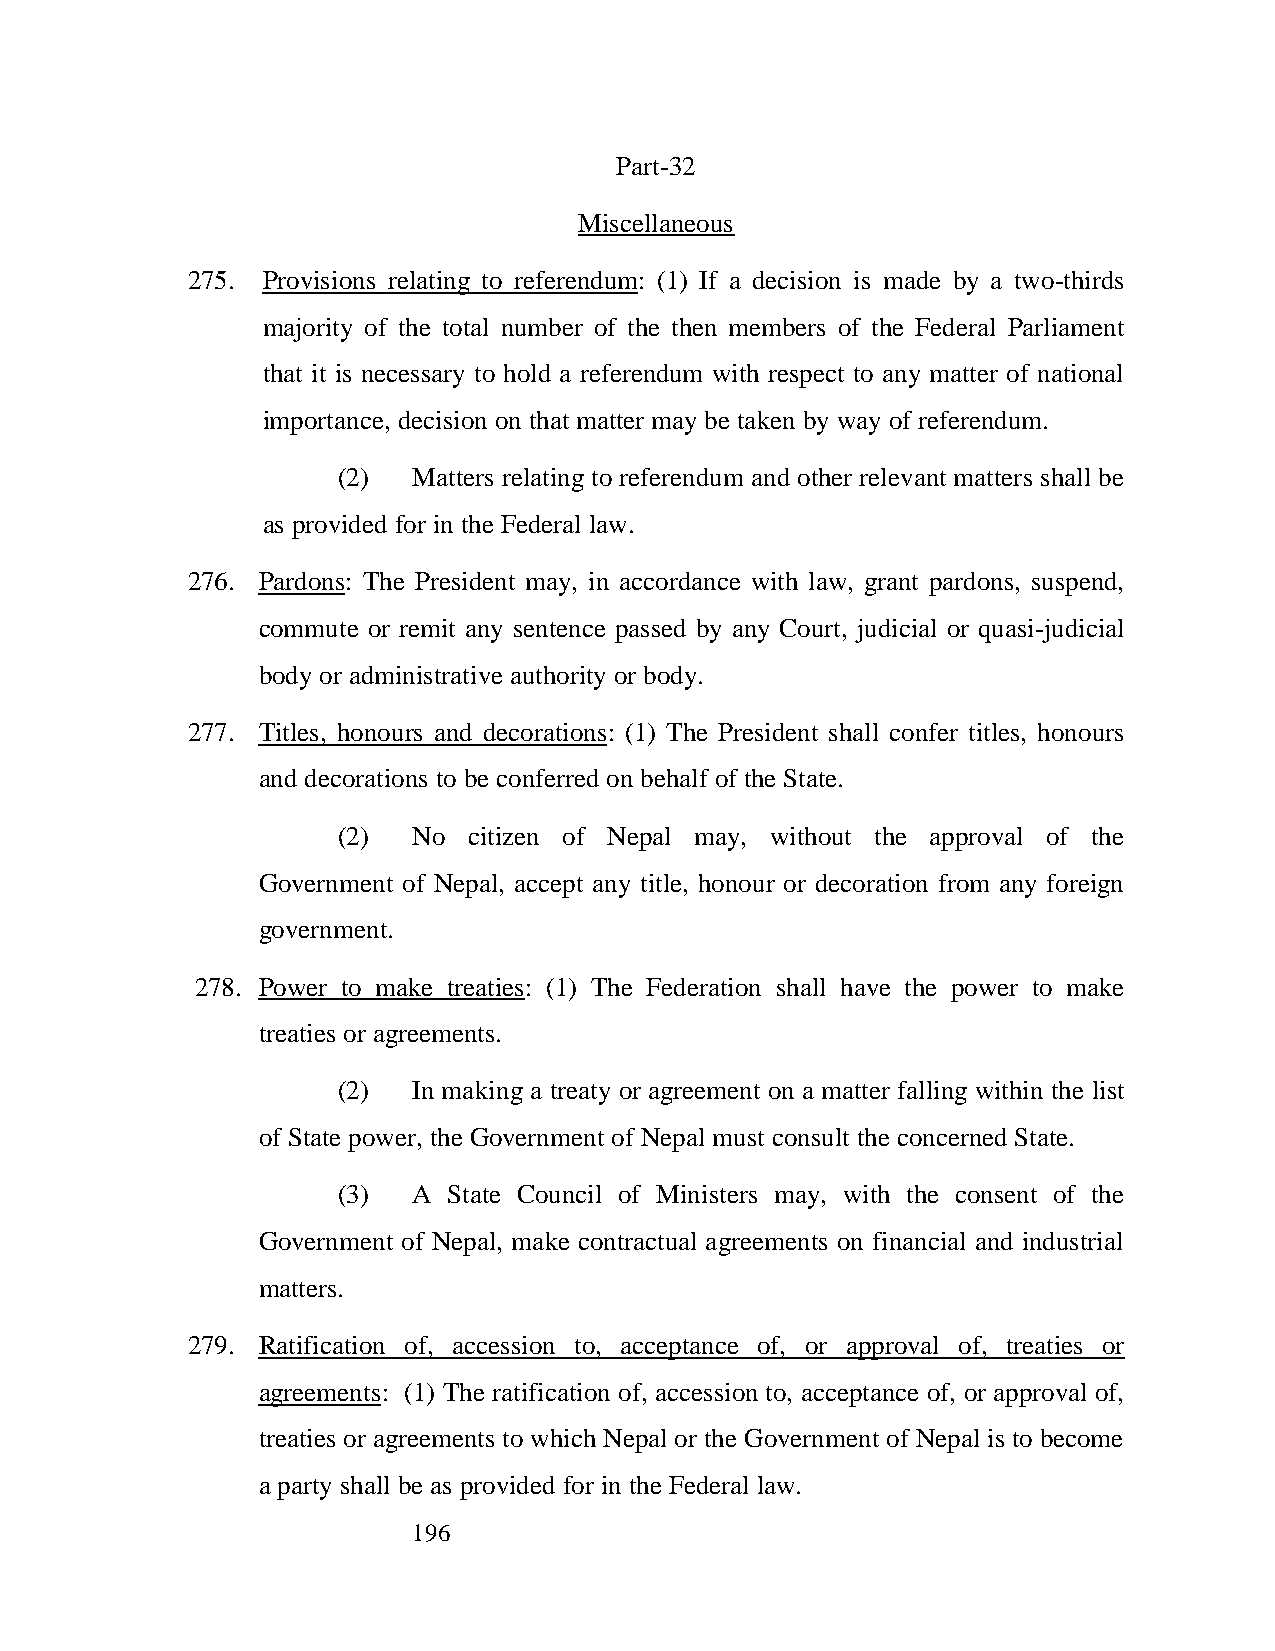
Part-32
 Miscellaneous
 275. Provisions relating to referendum: (1) If a decision is made by a two-thirds
 majority of the total number of the then members of the Federal Parliament
 that it is necessary to hold a referendum with respect to any matter of national
 importance, decision on that matter may be taken by way of referendum.
 (2)  Matters relating to referendum and other relevant matters shall be
 as provided for in the Federal law.
 276. Pardons: The President may, in accordance with law, grant pardons, suspend,
 commute or remit any sentence passed by any Court, judicial or quasi-judicial
 body or administrative authority or body.
 277. Titles, honours and decorations: (1) The President shall confer titles, honours
 and decorations to be conferred on behalf of the State.
 (2)  No  citizen of Nepal may, without the approval of the
 Government of Nepal, accept any title, honour or decoration from any foreign
 government.
 278. Power to make treaties: (1) The Federation shall have the power to make
 treaties or agreements.
 (2)  In making a treaty or agreement on a matter falling within the list
 of State power, the Government of Nepal must consult the concerned State.
 (3)  A  State Council of Ministers may, with the consent of the
 Government of Nepal, make contractual agreements on financial and industrial
 matters.
 279. Ratification of, accession to, acceptance of, or approval of, treaties or
 agreements: (1) The ratification of, accession to, acceptance of, or approval of,
 treaties or agreements to which Nepal or the Government of Nepal is to become
 a party shall be as provided for in the Federal law.
 196